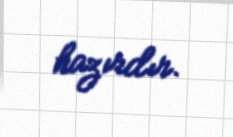
hazırdır.